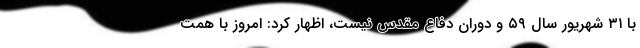
با ۳۱ شهریور سال ۵۹ و دوران دفاع مقدس نیست، اظهار کرد: امروز با همت